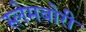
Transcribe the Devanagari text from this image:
स्‍लेमबोरी